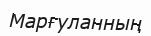
Марғуланның